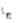
بها